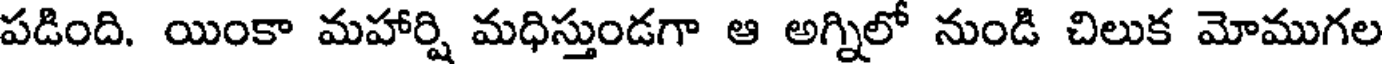
పడింది. యింకా మహార్షి మధిస్తుండగా ఆ అగ్నిలో నుండి చిలుక మోముగల